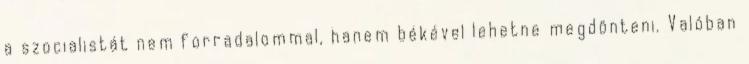
a szocialistát nem forradalommal, hanem békével lehetne megdönteni. Valóban